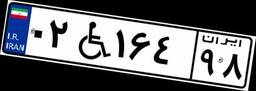
۲۲W۸۳۳۲۲